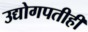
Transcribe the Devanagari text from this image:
उद्योगपतीही